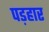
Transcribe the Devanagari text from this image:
पड़हार